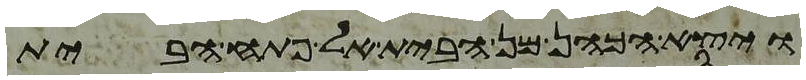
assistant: ויצא הכהן מן הבית אל פתח הבית